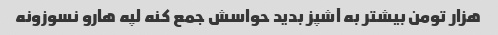
هزار تومن بیشتر به آشپز بدید حواسش جمع کنه لپه هارو نسوزونه